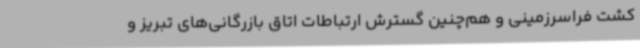
کشت فراسرزمینی و هم‌چنین گسترش ارتباطات اتاق بازرگانی‌های تبریز و